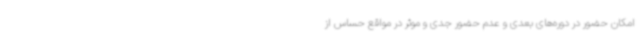
امکان حضور در دوره‌های بعدی و عدم حضور جدی و موثر در مواقع حساس از